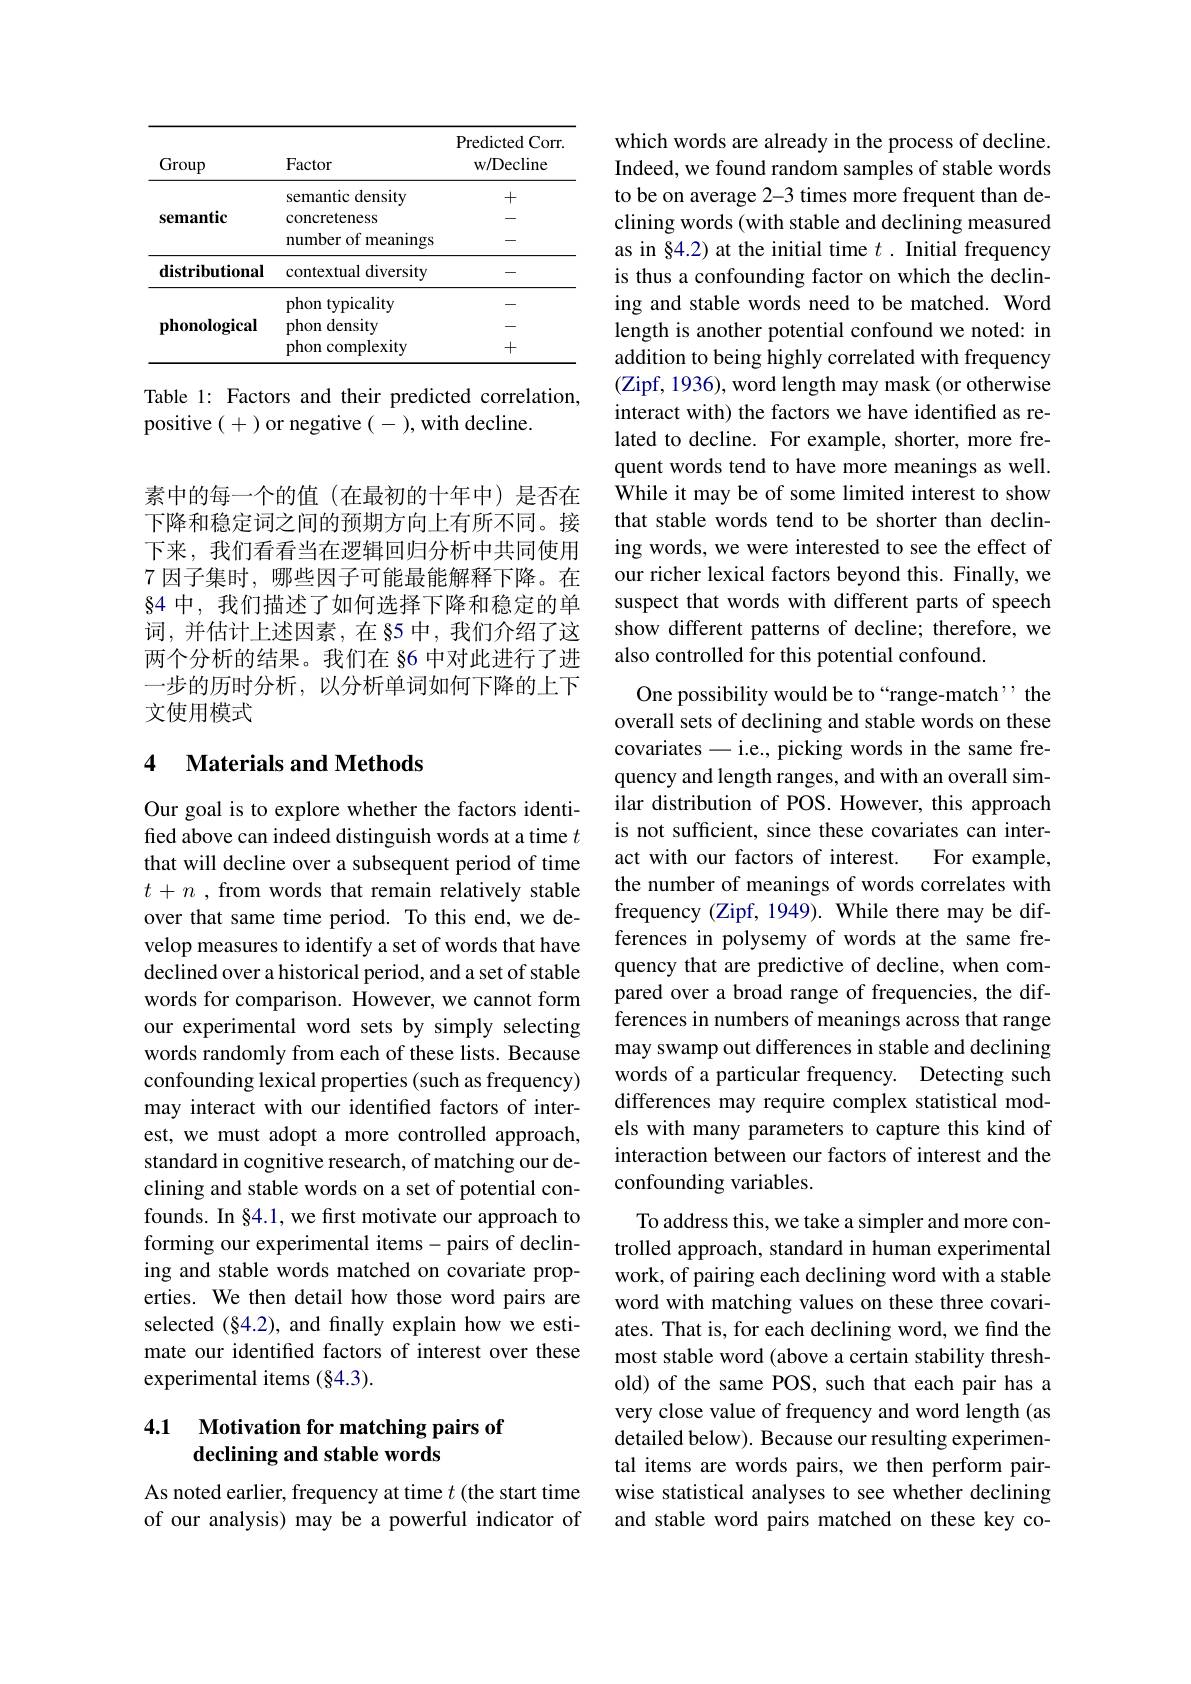
<table>
	<tbody>
		<tr>
			<th>Group</th>
			<th>Factor</th>
			<th>${\mathrm{Predicted~Corr}}$ w/ Decline</th>
		</tr>
		<tr>
			<td>semantic</td>
			<td>semantic density concreteness number of meanings</td>
			<td>+ - -</td>
		</tr>
		<tr>
			<td>distributional</td>
			<td>contextual diversity</td>
			<td> </td>
		</tr>
		<tr>
			<td>phonological</td>
			<td>phon typicality phon density 1 phon complexity</td>
			<td> - +</td>
		</tr>
	</tbody>
</table>

Table 1: Factors and their predicted correlation,
positive (+) or negative (-),with decline.

素中的每一个的值(在最初的十年中)是否在下降和稳定词之间的预期方向上有所不同。接下来，我们看看当在逻辑回归分析中共同使用7 因子集时，哪些因子可能最能解释下降。在$\S$4 中，我们描述了如何选择下降和稳定的单词，并估计上述因素，在§5中，我们介绍了这两个分析的结果。我们在 §6 中对此进行了进一步的历时分析，以分析单词如何下降的上下文使用模式

## 4 Materials and Methods

Our goal is to explore whether the factors identified above can indeed distinguish words at a time $t$ that will decline over a subsequent period of time $t+n$ ,from words that remain relatively stable over that same time period. To this end, we develop measures to identify a set of words that have declined over a historical period, and a set of stable words for comparison. However, we cannot form our experimental word sets by simply selecting words randomly from each of these lists. Because confounding lexical properties (such as frequency) may interact with our identified factors of interest, we must adopt a more controlled approach, standard in cognitive research, of matching our declining and stable words on a set of potential confounds. In §4.1, we first motivate our approach to forming our experimental items-pairs of declining and stable words matched on covariate properties. We then detail how those word pairs are selected (§4.2), and finally explain how we estimate our identified factors of interest over these experimental items $(\S4.3).$

# 4.1 Motivation for matching pairs of declining and stable words

As noted earlier, frequency at time $t$ (the start time of our analysis) may be a powerful indicator of

which words are already in the process of decline. Indeed, we found random samples of stable words to be on average 2-3 times more frequent than declining words (with stable and declining measured as in $\bar{\S}4.2)$ at the initial time $t.$ Initial frequency is thus a confounding factor on which the declining and stable words need to be matched. Word length is another potential confound we noted: in addition to being highly correlated with frequency (Zipf, 1936), word length may mask (or otherwise interact with) the factors we have identified as related to decline. For example, shorter, more frequent words tend to have more meanings as well. While it may be of some limited interest to show that stable words tend to be shorter than declining words, we were interested to see the effect of our richer lexical factors beyond this. Finally, we suspect that words with different parts of speech show different patterns of decline; therefore, we also controlled for this potential confound.
One possibility would be to“range-match’, the

overall sets of declining and stable words on these covariates-i.e., picking words in the same frequency and length ranges, and with an overall similar distribution of POS. However, this approach is not sufficient, since these covariates can interact with our factors of interest.
For example,
the number of meanings of words correlates with frequency (Zipf, 1949). While there may be differences in polysemy of words at the same frequency that are predictive of decline, when compared over a broad range of frequencies, the differences in numbers of meanings across that range may swamp out differences in stable and declining words of a particular frequency. Detecting such differences may require complex statistical models with many parameters to capture this kind of interaction between our factors of interest and the confounding variables.
To address this, we take a simpler and more controlled approach, standard in human experimental work, of pairing each declining word with a stable word with matching values on these three covariates. That is, for each declining word, we find the most stable word (above a certain stability threshold) of the same POS, such that each pair has a very close value of frequency and word length (as detailed below). Because our resulting experimental items are words pairs, we then perform pairwise statistical analyses to see whether declining and stable word pairs matched on these key co-